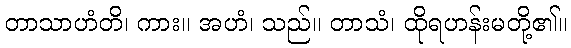
တာသာဟံတိ၊ ကား။ အဟံ၊ သည်။ တာသံ၊ ထိုရဟန်းမတို့၏။